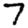
Digit: 7